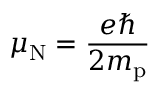
\mu _ { \mathrm { N } } = { \frac { e \hbar } { 2 m _ { \mathrm { p } } } }